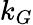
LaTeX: k_{G}